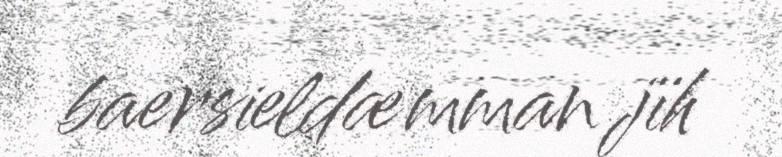
baersieldæmman jïh